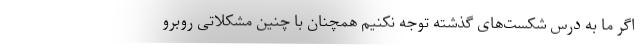
اگر ما به درس شکست‌های گذشته توجه نکنیم همچنان با چنین مشکلاتی روبرو